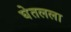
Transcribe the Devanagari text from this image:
घेतलला